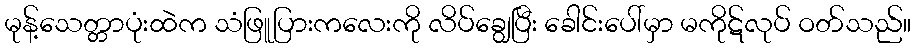
မုန့်သေတ္တာပုံးထဲက သံဖြူပြားကလေးကို လိပ်ချွေပြီး ခေါင်းပေါ်မှာ မကိုဋ်လုပ် ဝတ်သည်။